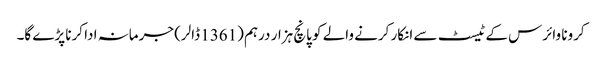
کرونا وائرس کے ٹیسٹ سے انکار کرنے والے کو پانچ ہزار درہم (1361 ڈالر) جرمانہ ادا کرنا پڑے گا۔